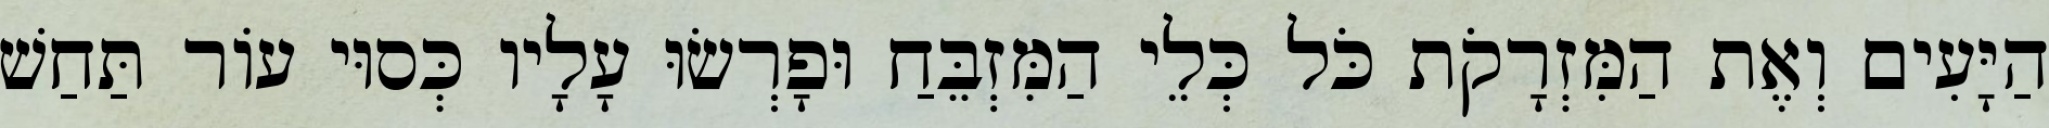
הַיָּעִים וְאֶת הַמִּזְרָקֹת כֹּל כְּלֵי הַמִּזְבֵּחַ וּפָרְשׂוּ עָלָיו כְּסוּי עוֹר תַּחַשׁ